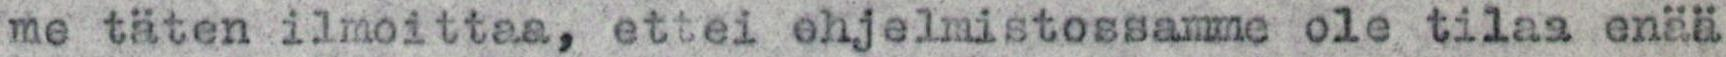
me täten ilmoittaa, ettei ohjelmistossamme ole tilaa enää